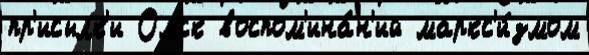
пр'исылк'и Омск воспом'ина́н'ий маркс'и́змом